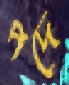
পদে